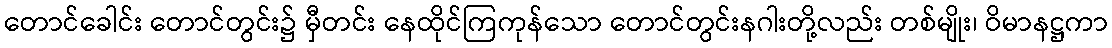
တောင်ခေါင်း တောင်တွင်း၌ မှီတင်း နေထိုင်ကြကုန်သော တောင်တွင်းနဂါးတို့လည်း တစ်မျိုး၊ ဝိမာနဋ္ဌကာ